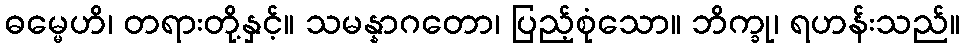
ဓမ္မေဟိ၊ တရားတို့နှင့်။ သမန္နာဂတော၊ ပြည့်စုံသော။ ဘိက္ခု၊ ရဟန်းသည်။